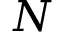
N